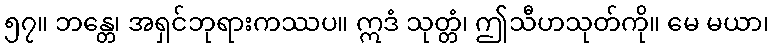
၅၇။ ဘန္တေ၊ အရှင်ဘုရားကဿပ။ ဣဒံ သုတ္တံ၊ ဤသီဟသုတ်ကို။ မေ မယာ၊